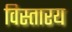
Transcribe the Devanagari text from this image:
विस्तारय